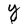
Character: Y